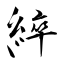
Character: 綷